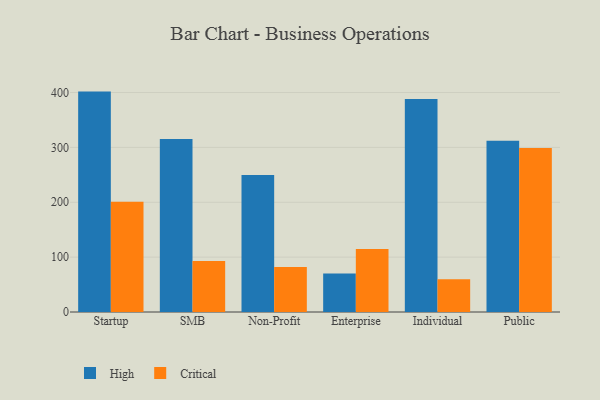
{"axis": {"x": "Segment", "y": "Energy Usage (MWh)"}, "legend": ["Critical", "High"], "data": [{"x": "Startup", "y": 401.7, "type": "High"}, {"x": "Startup", "y": 201.0, "type": "Critical"}, {"x": "SMB", "y": 315.4, "type": "High"}, {"x": "SMB", "y": 92.9, "type": "Critical"}, {"x": "Non-Profit", "y": 249.8, "type": "High"}, {"x": "Non-Profit", "y": 82.2, "type": "Critical"}, {"x": "Enterprise", "y": 70.0, "type": "High"}, {"x": "Enterprise", "y": 115.0, "type": "Critical"}, {"x": "Individual", "y": 388.3, "type": "High"}, {"x": "Individual", "y": 59.6, "type": "Critical"}, {"x": "Public", "y": 312.1, "type": "High"}, {"x": "Public", "y": 298.8, "type": "Critical"}]}